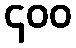
၄၀၀